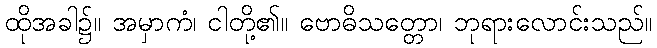
ထိုအခါ၌။ အမှာကံ၊ ငါတို့၏။ ဗောဓိသတ္တော၊ ဘုရားလောင်းသည်။